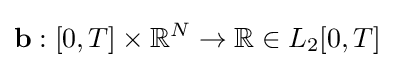
\mathbf {b} :[0,T]\times \mathbb {R} ^{N}\rightarrow \mathbb {R} \in L_{2}[0,T]